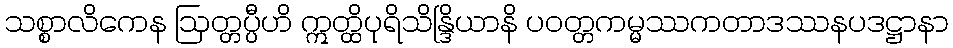
သစ္စာလိကေန ဩတ္တပ္ပီဟိ ဣတ္ထိပုရိသိန္ဒြိယာနိ ပဝတ္တကမ္မဿကတာဒဿနပဒဋ္ဌာနာ